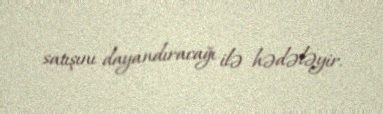
satışını dayandıracağı ilə hədələyir.